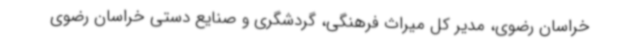
خراسان رضوی، مدیر کل میراث فرهنگی، گردشگری و صنایع دستی خراسان رضوی